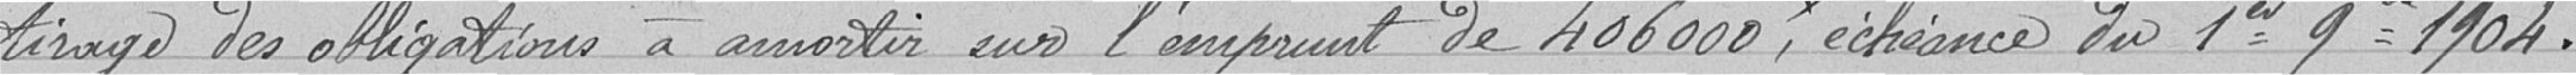
Tirage des obligations à amortir sur l'emprunt de 406 000 francs, échéance du 1er Septembre 1904